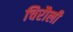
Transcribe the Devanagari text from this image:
चिरौली